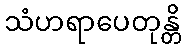
သံဟရာပေတုန္တိ